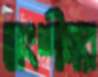
অংশীদার